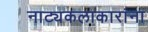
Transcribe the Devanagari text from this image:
नाट्यकलाकारांना